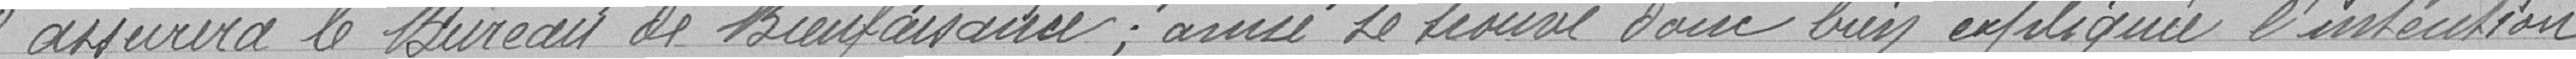
" assurera le bureau de Bienfaisance; ainsi se trouve donc bien expliquée l'intention